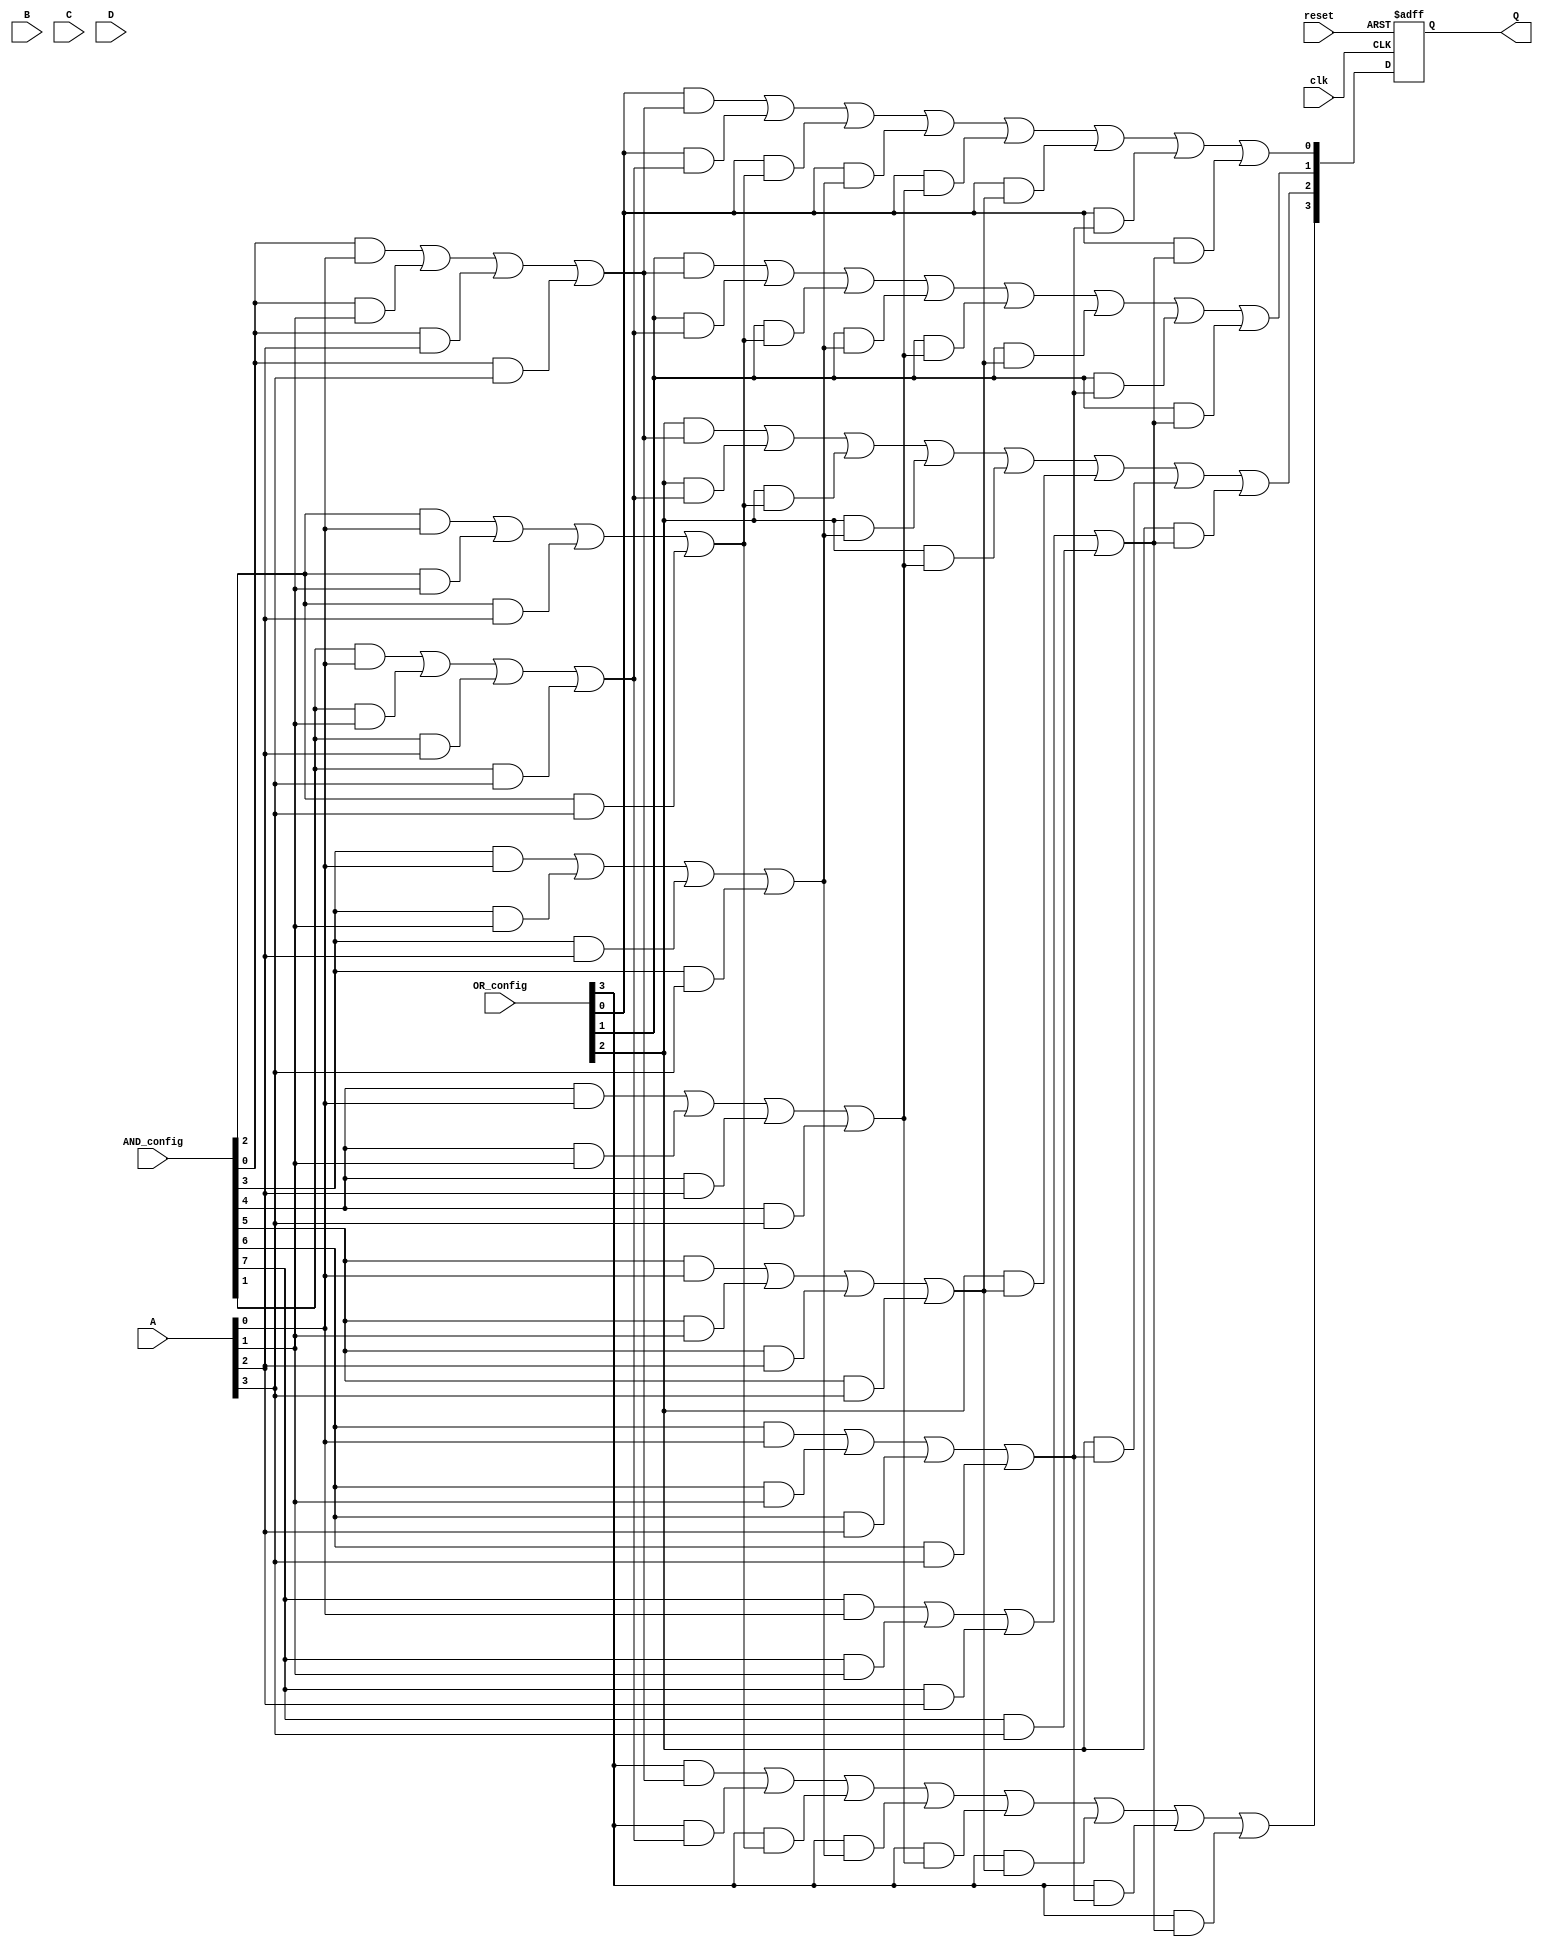
module RPAL #(
    parameter NUM_INPUTS = 4,    // Number of inputs (A, B, C, D)
    parameter NUM_AND_TERMS = 8,  // Number of AND terms
    parameter NUM_OR_TERMS = 4     // Number of OR terms
)(
    input wire [NUM_INPUTS-1:0] A,  // Input lines
    input wire [NUM_INPUTS-1:0] B,
    input wire [NUM_INPUTS-1:0] C,
    input wire [NUM_INPUTS-1:0] D,
    input wire [NUM_AND_TERMS-1:0] AND_config, // Configuration for AND array
    input wire [NUM_OR_TERMS-1:0] OR_config,   // Configuration for OR array
    input wire clk,                // Clock signal
    input wire reset,              // Reset signal
    output reg [NUM_OR_TERMS-1:0] Q // Registered outputs
);

// Intermediate signals for AND array outputs
wire [NUM_AND_TERMS-1:0] AND_outputs;

// Generate the AND array based on the configuration
genvar i, j;
generate
    for (i = 0; i < NUM_AND_TERMS; i = i + 1) begin : and_array
        assign AND_outputs[i] = (AND_config[i] & A[0]) |
                                 (AND_config[i] & A[1]) |
                                 (AND_config[i] & A[2]) |
                                 (AND_config[i] & A[3]);
    end
endgenerate

// Intermediate signals for OR array outputs
wire [NUM_OR_TERMS-1:0] OR_outputs;

// Generate the OR array based on the configuration
generate
    for (j = 0; j < NUM_OR_TERMS; j = j + 1) begin : or_array
        assign OR_outputs[j] = (OR_config[j] & AND_outputs[0]) |
                                (OR_config[j] & AND_outputs[1]) |
                                (OR_config[j] & AND_outputs[2]) |
                                (OR_config[j] & AND_outputs[3]) |
                                (OR_config[j] & AND_outputs[4]) |
                                (OR_config[j] & AND_outputs[5]) |
                                (OR_config[j] & AND_outputs[6]) |
                                (OR_config[j] & AND_outputs[7]);
    end
endgenerate

// Registered outputs with synchronous reset
always @(posedge clk or posedge reset) begin
    if (reset) begin
        Q <= 0; // Reset outputs
    end else begin
        Q <= OR_outputs; // Capture OR outputs
    end
end

endmodule